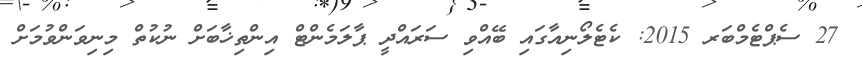
27 ސެޕްޓެމްބަރ 2015: ކެޓެލޯނިއާގައި ބޭއްވި ސަރައްދީ ޕާލަމެންޓް އިންތިޚާބަށް ނުކުތް މިނިވަންވުމަށް